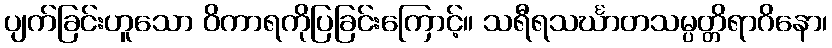
ပျက်ခြင်းဟူသော ဝိကာရကိုပြခြင်းကြောင့်။ သရီရသင်္ဃာတသမ္ပတ္တိရာဂိနော၊